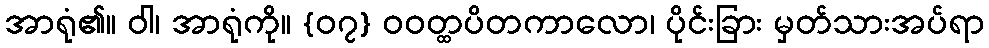
အာရုံ၏။ ဝါ၊ အာရုံကို။ {၀၇} ဝဝတ္ထပိတကာလော၊ ပိုင်းခြား မှတ်သားအပ်ရာ